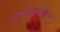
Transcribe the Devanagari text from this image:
फाइब्रोइलास्टिक